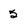
Character: 5